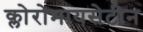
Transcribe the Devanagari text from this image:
क्लोरोमायसेटीन